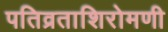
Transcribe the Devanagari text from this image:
पतिव्रताशिरोमणी